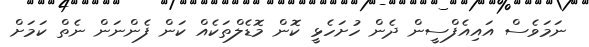
ނަމަވެސް އައިއެފްސީން ދެން ހުށަހެޅީ ކޮން މޮޑެލްތަކެއް ކަން ފެންނަން ނެތް ކަމަށް